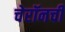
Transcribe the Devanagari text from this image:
चेरॉनची